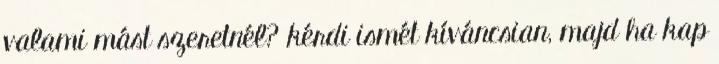
valami mást szeretnél? kérdi ismét kíváncsian, majd ha kap